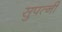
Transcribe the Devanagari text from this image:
सुपत्‍नी